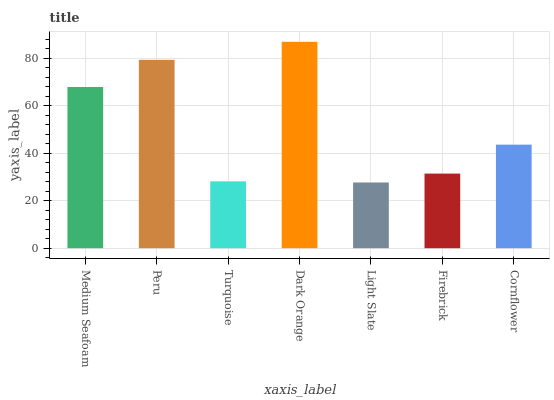
| xaxis_label | bars |
 | --- | --- |
 | Medium Seafoam | 68 |
 | Peru | 79.4 |
 | Turquoise | 28.2 |
 | Dark Orange | 87 |
 | Light Slate | 27.7 |
 | Firebrick | 31.5 |
 | Cornflower | 43.7 |